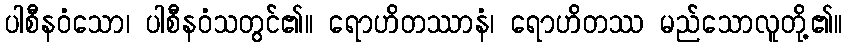
ပါစီနဝံသော၊ ပါစီနဝံသတွင်၏။ ရောဟိတဿာနံ၊ ရောဟိတဿ မည်သောလူတို့၏။